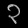
Digit: ၃